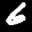
Label: 6